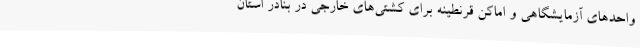
واحدهای آزمایشگاهی و اماکن قرنطینه برای کشتی‌های خارجی در بنادر استان